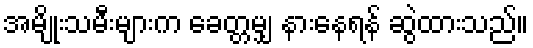
အမျိုးသမီးများက ခေတ္တမျှ နားနေရန် ဆွဲထားသည်။